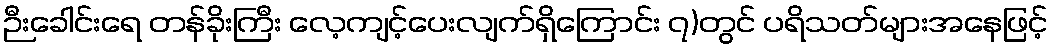
ဉီးခေါင်းရေ တန်ခိုးကြီး လေ့ကျင့်ပေးလျက်ရှိကြောင်း ၇)တွင် ပရိသတ်များအနေဖြင့်